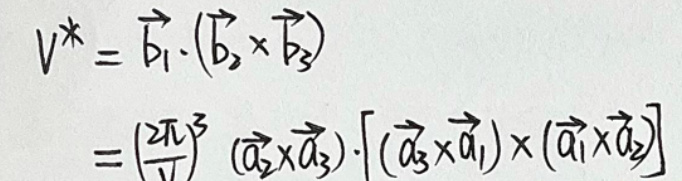
\[
v^{*}=\vec{b}_{1} \cdot(\vec{b}_{2} \times \vec{b}_{3})
\]
\[
=\left(\frac{\sqrt{\pi}}{l}\right)^{3}(\vec{a}_{3} \times \vec{a}_{3}) \cdot\left[(\vec{a}_{3} \times \vec{a}_{1}) \times(\vec{a}_{1} \times \vec{a}_{2})\right]
\]